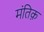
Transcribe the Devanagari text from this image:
मंतिक़